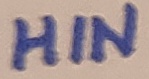
Text: HIN